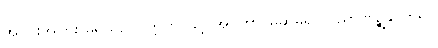
အပိုင်းအခြား မရှိသည်။ ဣတိ၊ သို့။ အဝတွာ၊ မဆိုမူ၍။ ဝိညာဏဉ္စန္တိ၊ ဟူ၍။